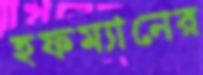
হফম্যানের